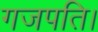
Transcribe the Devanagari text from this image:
गजपति।